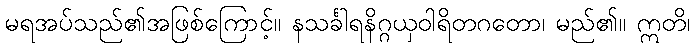
မရအပ်သည်၏အဖြစ်ကြောင့်။ နသင်္ခါရနိဂ္ဂယှဝါရိတဂတော၊ မည်၏။ ဣတိ၊